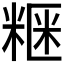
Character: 𥺫